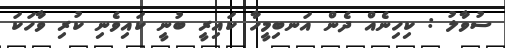
ސުވާލު : ކިހިނެއް ދެން އަނބިމީހާ ކައިރީ ބުނީ ކައިވެނި ކުރި ވާހަކަ